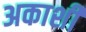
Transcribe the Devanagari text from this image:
अकाशी